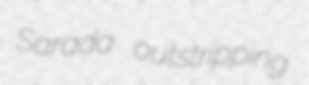
Sarada outstripping